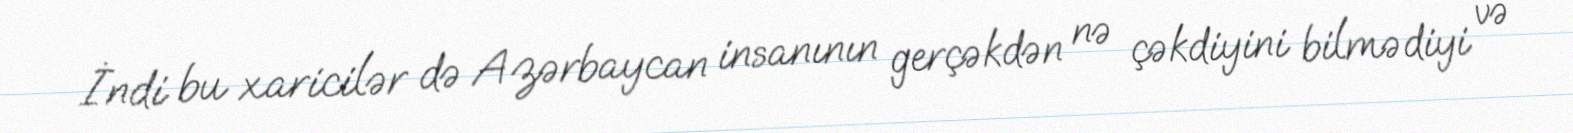
İndi bu xaricilər də Azərbaycan insanının gerçəkdən nə çəkdiyini bilmədiyi və